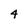
Character: 4